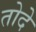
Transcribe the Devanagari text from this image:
तोदे